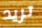
تريد